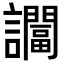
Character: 𬣖